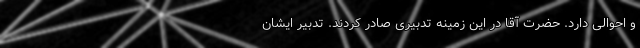
و احوالی دارد. حضرت آقا در این زمینه تدبیری صادر کردند. تدبیر ایشان